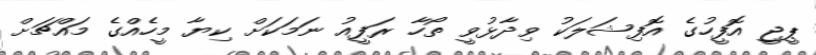
ޕީޖީ އޮފީހުގެ އޮފިޝަލަކު ވިދާޅުވީ ތޯހާ ރަފީއު ނަމަކަށް ކިޔާ މީހެއްގެ މައްޗަށް